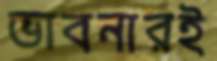
ভাবনারই